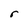
Character: r